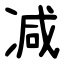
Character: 减